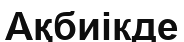
Ақбиікде